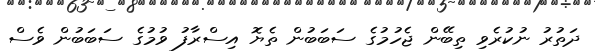
ދަތުރު ނުކުރެވި ތިބޭން ޖެހުމުގެ ސަބަބުން ތެޔޮ އިސްރާފު ވުމުގެ ސަބަބުން ވެސް